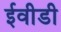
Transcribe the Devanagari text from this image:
ईवीडी